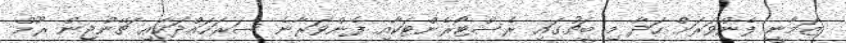
ޒަމާނީ ފެންވަރަށް ހަދާ މި ބީޗުގައި ރެސްޓޯރެންޓަކާއި ފެންވަރާނެ ސަރަހައްދަކާއި ޗޭންޖިން ރޫމް